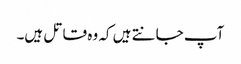
آپ جانتے ہیں کہ وہ قاتل ہیں۔